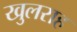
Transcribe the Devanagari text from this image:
खुलराह